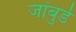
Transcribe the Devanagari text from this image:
जांबुर्डे